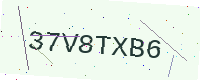
Text: 37V8TXB6